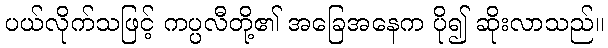
ပယ်လိုက်သဖြင့် ကပ္ပလီတို့၏ အခြေအနေက ပို၍ ဆိုးလာသည်။